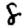
Digit: 8